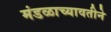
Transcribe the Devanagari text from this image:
मंडळाच्यावतीने